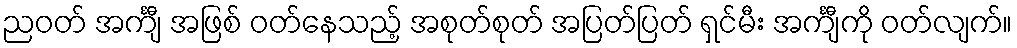
ညဝတ် အင်္ကျီ အဖြစ် ဝတ်နေသည့် အစုတ်စုတ် အပြတ်ပြတ် ရှင်မီး အင်္ကျီကို ဝတ်လျက်။